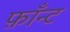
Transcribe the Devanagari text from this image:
फ़ाँन्ट